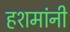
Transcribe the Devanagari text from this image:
हशमांनी